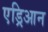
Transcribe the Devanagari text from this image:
एड्रिआन